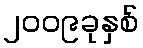
၂၀၀၉ခုနှစ်